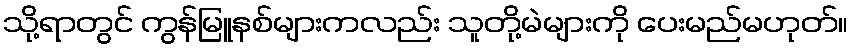
သို့ရာတွင် ကွန်မြူနစ်များကလည်း သူတို့မဲများကို ပေးမည်မဟုတ်။